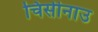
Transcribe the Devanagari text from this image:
चिसीनाउ